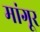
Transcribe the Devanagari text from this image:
मांगूर